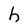
Character: h